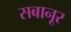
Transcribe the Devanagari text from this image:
सबानूर